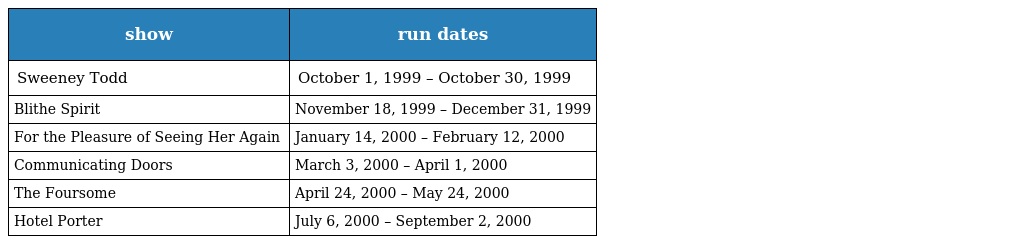
| show | run dates |
 | --- | --- |
 | Sweeney Todd | October 1, 1999 – October 30, 1999 |
 | Blithe Spirit | November 18, 1999 – December 31, 1999 |
 | For the Pleasure of Seeing Her Again | January 14, 2000 – February 12, 2000 |
 | Communicating Doors | March 3, 2000 – April 1, 2000 |
 | The Foursome | April 24, 2000 – May 24, 2000 |
 | Hotel Porter | July 6, 2000 – September 2, 2000 |